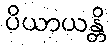
ပိယာယန္တိ